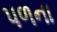
પળના